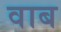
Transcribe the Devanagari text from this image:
वाब